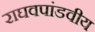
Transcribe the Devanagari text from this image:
राघवपांडवीय